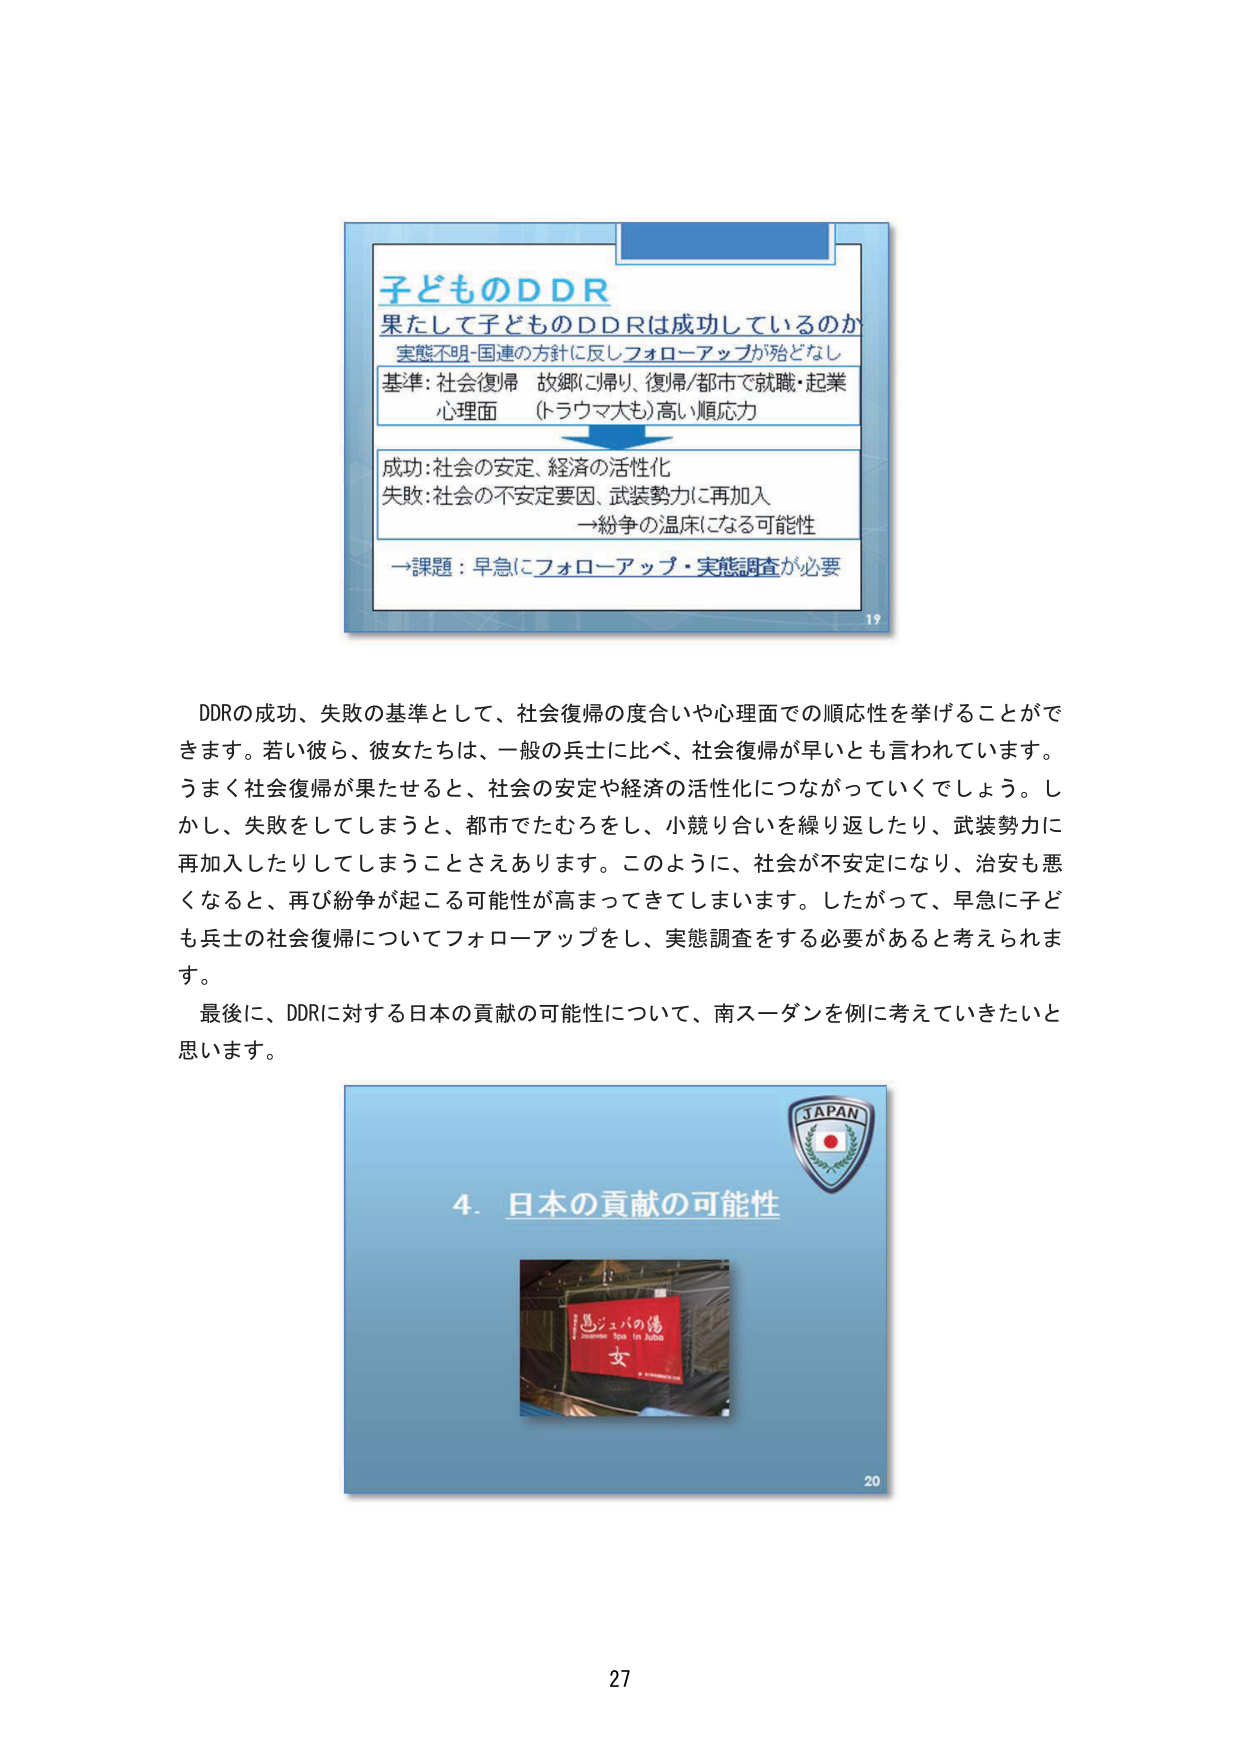
子どもDDDR
果たして子どものDDRは成功しているのか
実態不明-国連の方針に反しフォローアップが殆どなし
基準: 社会復帰 故郷に帰り、復帰/都市で就職・起業
心理面 （トラウマ大も）高い順応力
成功: 社会の安定、経済の活性化
失敗: 社会の不安定要因、武装勢力に再加入
→紛争の温床になる可能性
→課題：早急にフォローアップ・実態調査が必要
19

DDRの成功、失敗の基準として、社会復帰の度合いや心理面での順応性を挙げることができますが。若い彼ら、彼女たちは、一般の兵士に比べ、社会復帰が早いとも言われています。うまく社会復帰が果たされると、社会の安定や経済の活性化につながっていくでしょう。しかし、失敗をしてしまうと、都市でたむろをし、小競り合いを繰り返したり、武装勢力に再加入したりしてしまうことさえあります。このように、社会が不安定になり、治安も悪くなると、再び紛争が起こる可能性が高まってきてしまいます。したがって、早急に子ども兵士の社会復帰についてフォローアップをし、実態調査をする必要があると考えられます。
最後に、DDRに対する日本の貢献の可能性について、南スーダンを例に考えていきたいと思います。

JAPAN
4. 日本の貢献の可能性
恩ジュバの湯
女
20

27